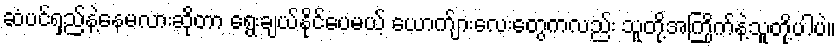
ဆံပင်ရှည်နဲ့နေမလားဆိုတာ ရွေးချယ်နိုင်ပေမယ့် ယောက်ျားလေးတွေကလည်း သူတို့အကြိုက်နဲ့သူတို့ပါပဲ။